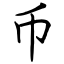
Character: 币